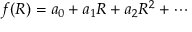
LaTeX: f ( R ) = a _ { 0 } + a _ { 1 } R + a _ { 2 } R ^ { 2 } + \cdots